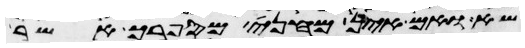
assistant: שא ואם אין מחני מספרך אשר